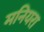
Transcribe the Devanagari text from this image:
मनियरा